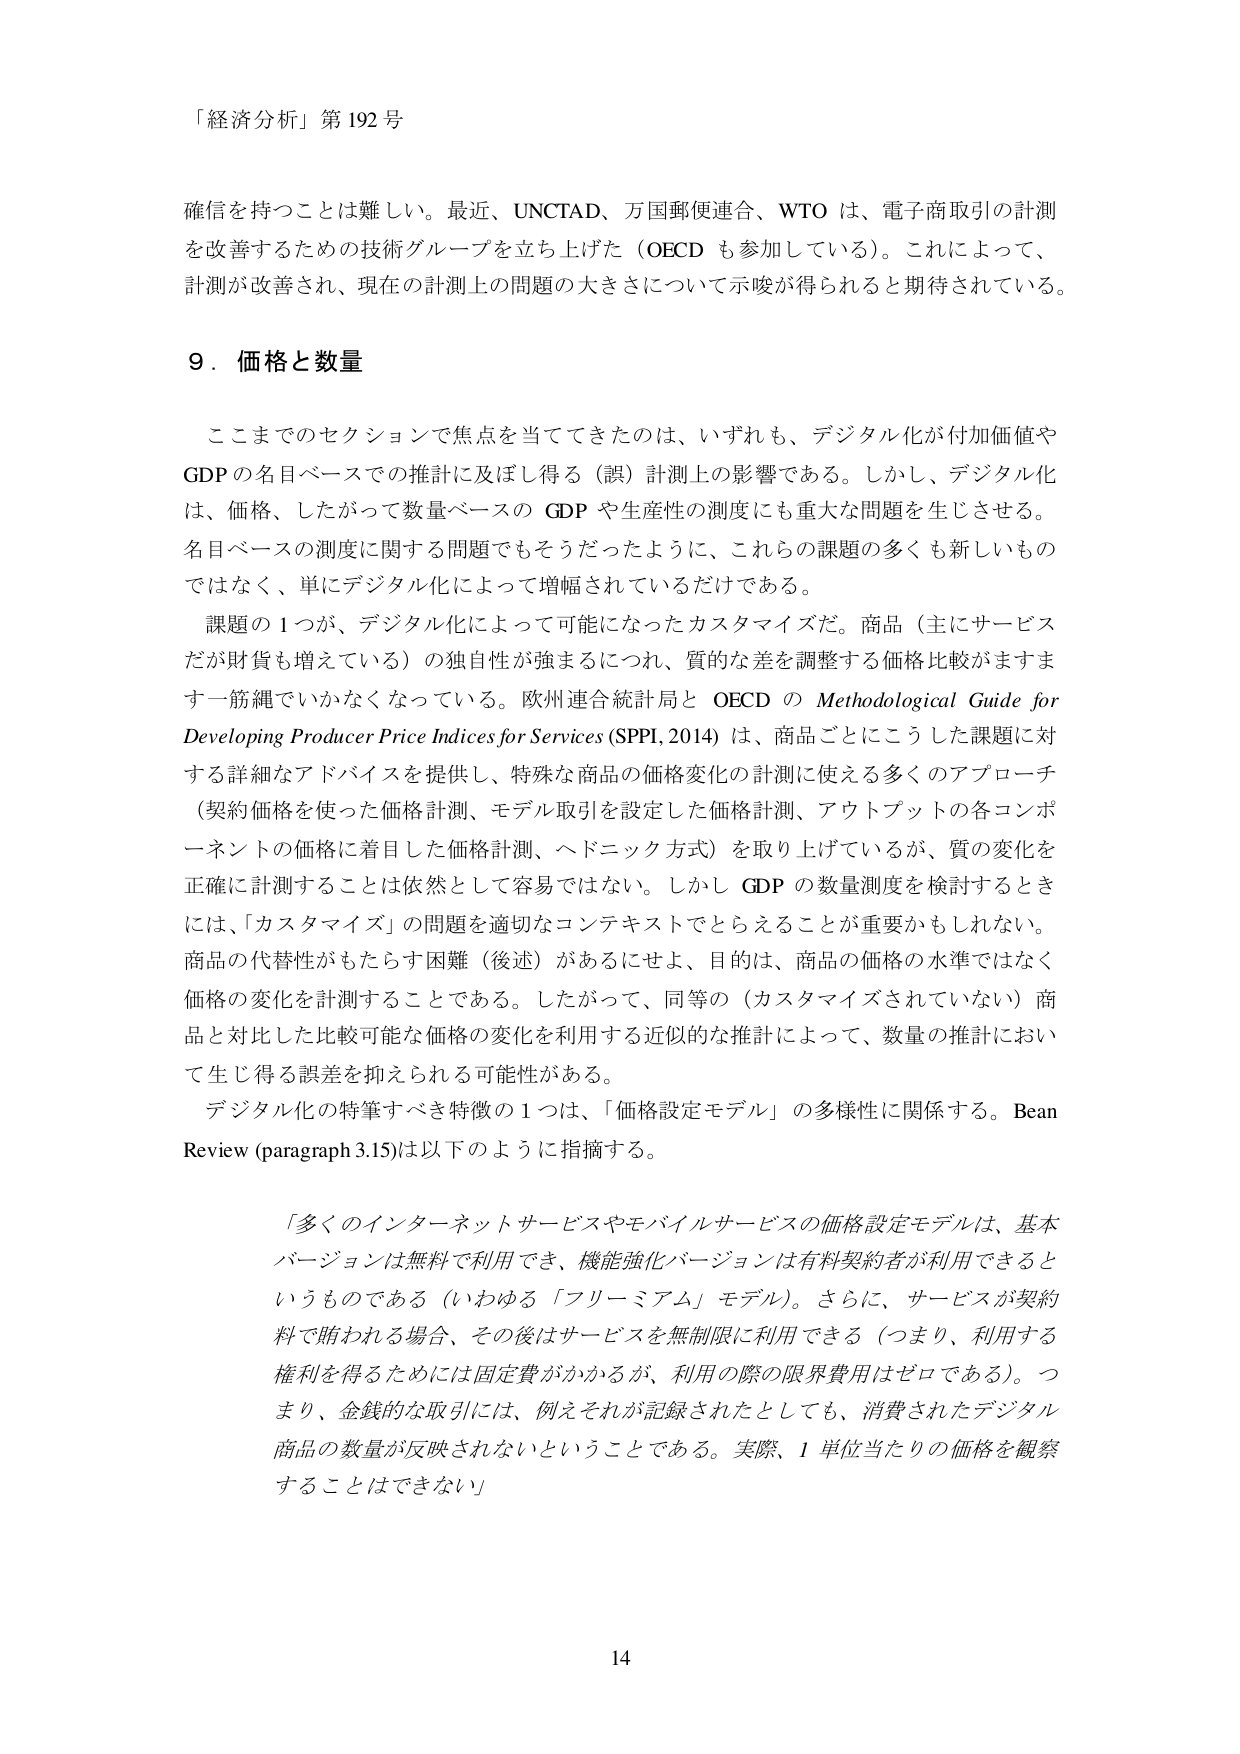
「経済分析」第192号

確信を持つことは難しい。最近、UNCTAD、万国郵便連合、WTOは、電子商取引の計測を改善するための技術グループを立ち上げた（OECDも参加している）。これによって、計測が改善され、現在の計測上の問題の大きさについて示唆が得られると期待されている。

9．価格と数量

ここまでのセクションで焦点を当ててきたのは、いずれも、デジタル化が付加価値やGDPの名目ベースでの推計に及ぼし得る（誤）計測上の影響である。しかし、デジタル化は、価格、したがって数量ベースのGDPや生産性の測度にも重大な問題を生じさせる。名目ベースの測度に関する問題でもそうだったように、これらの課題の多くも新しいものではなく、単にデジタル化によって増幅されているだけである。

課題の1つが、デジタル化によって可能になったカスタマイズだ。商品（主にサービスだが財貨も増えている）の独自性が強まるにつれ、質的な差を調整する価格比較がますます一筋縄でいかなくなっている。欧州連合統計局とOECDのMethodological Guide for Developing Producer Price Indices for Services (SPPI, 2014)は、商品ごとにこうした課題に対する詳細なアドバイスを提供し、特殊な商品の価格変化の計測に使える多くのアプローチ（契約価格を使った価格計測、モデル取引を設定した価格計測、アウトプットの各コンポーネントの価格に着目した価格計測、ヘドニック方式）を取り上げているが、質の変化を正確に計測することは依然として容易ではない。しかしGDPの数量測度を検討するときには、「カスタマイズ」の問題を適切なコンテキストでとらえることが重要かもしれない。商品の代替性がもたらす困難（後述）があるにせよ、目的は、商品の価格の水準ではなく価格の変化を計測することである。したがって、同等の（カスタマイズされていない）商品と対比した比較可能な価格の変化を利用する近似的な推計によって、数量の推計において生じ得る誤差を抑えられる可能性がある。

デジタル化の特筆すべき特徴の1つは、「価格設定モデル」の多様性に関係する。Bean Review (paragraph 3.15)は以下のように指摘する。

「多くのインターネットサービスやモバイルサービスの価格設定モデルは、基本バージョンは無料で利用でき、機能強化バージョンは有料契約者が利用できるというものである（いわゆる「フリーミアム」モデル）。さらに、サービスが契約料で賄われる場合、その後はサービスを無制限に利用できる（つまり、利用する権利を得るために固定費がかかるが、利用の際の限界費用はゼロである）。つまり、金銭的な取引には、例えそれが記録されたとしても、消費されたデジタル商品の数量が反映されないということである。実際、1単位当たりの価格を観察することはできない」

14